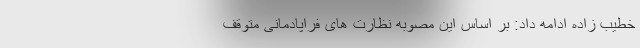
خطیب زاده ادامه داد: بر اساس این مصوبه نظارت های فراپادمانی متوقف